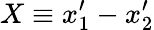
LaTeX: X\equiv x_{1}^{\prime}-x_{2}^{\prime}